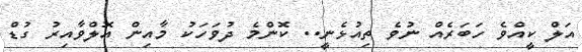
އަލް ކީއްވެ ހަބަރެއް ނުވެ ތިއުޅެނީ.. ކޮންމެ ދުވަހަކު މާއިން އޮލްވާއިރު ގުޑް